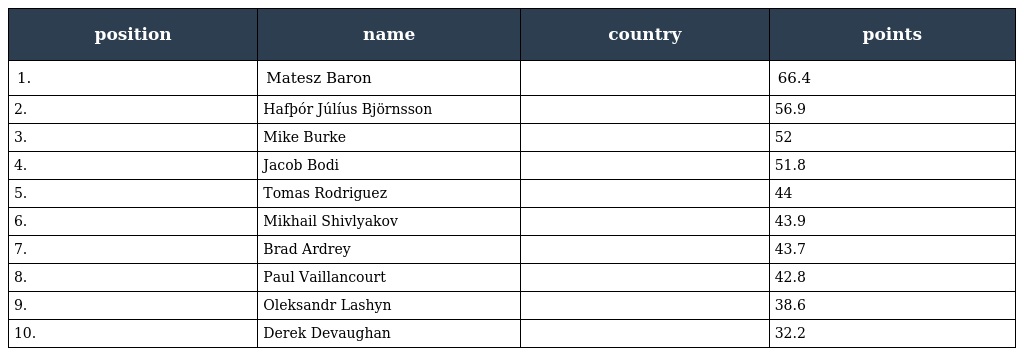
| position | name | country | points |
 | --- | --- | --- | --- |
 | 1. | Matesz Baron |  | 66.4 |
 | 2. | Hafþór Júlíus Björnsson |  | 56.9 |
 | 3. | Mike Burke |  | 52 |
 | 4. | Jacob Bodi |  | 51.8 |
 | 5. | Tomas Rodriguez |  | 44 |
 | 6. | Mikhail Shivlyakov |  | 43.9 |
 | 7. | Brad Ardrey |  | 43.7 |
 | 8. | Paul Vaillancourt |  | 42.8 |
 | 9. | Oleksandr Lashyn |  | 38.6 |
 | 10. | Derek Devaughan |  | 32.2 |